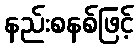
နည်းစနစ်ဖြင့်